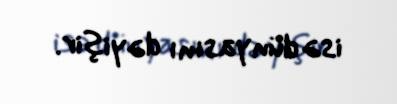
isə dünyasını dəyişir.